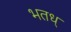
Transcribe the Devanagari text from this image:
भतध्